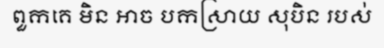
ពួកគេ មិន អាច បកស្រាយ សុបិន របស់